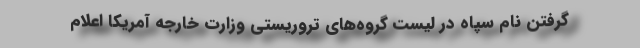
گرفتن نام سپاه در لیست گروه‌های تروریستی وزارت خارجه آمریکا اعلام